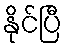
နိုင်ပြီ